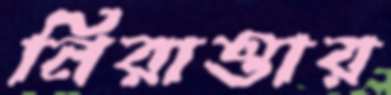
নিরাত্তার